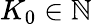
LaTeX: K_{0}\in\mathbb{N}